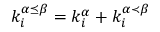
k _ { i } ^ { \alpha \preceq \beta } = k _ { i } ^ { \alpha } + k _ { i } ^ { \alpha \prec \beta }